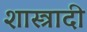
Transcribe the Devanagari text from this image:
शास्त्रादी